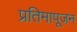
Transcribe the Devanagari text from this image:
प्रतिमापूजन